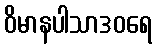
ဝိမာနပါသာဒဝရေ